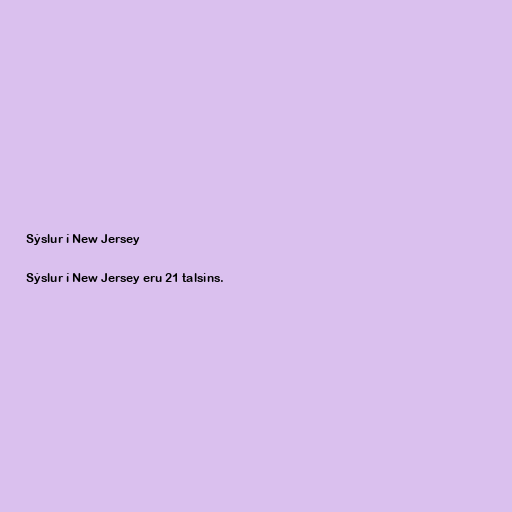
Sýslur í New Jersey

Sýslur í New Jersey eru 21 talsins.